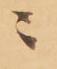
ニ